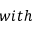
w i t h